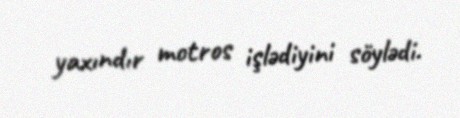
yaxındır motros işlədiyini söylədi.